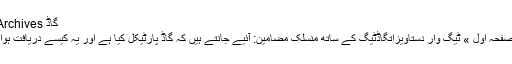
گاڈ Archives
صفحہ اول » ٹیگ وار دستاویزاتگاڈٹیگ کے ساتھ منسلک مضامین: آئیے جانتے ہیں کہ گاڈ پارٹیکل کیا ہے اور یہ کیسے دریافت ہوا؟